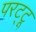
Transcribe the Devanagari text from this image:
परट्टू